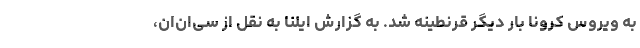
به ویروس کرونا بار دیگر قرنطینه شد. به گزارش ایلنا به نقل از سی‌ان‌ان،